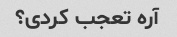
آره تعجب کردی؟